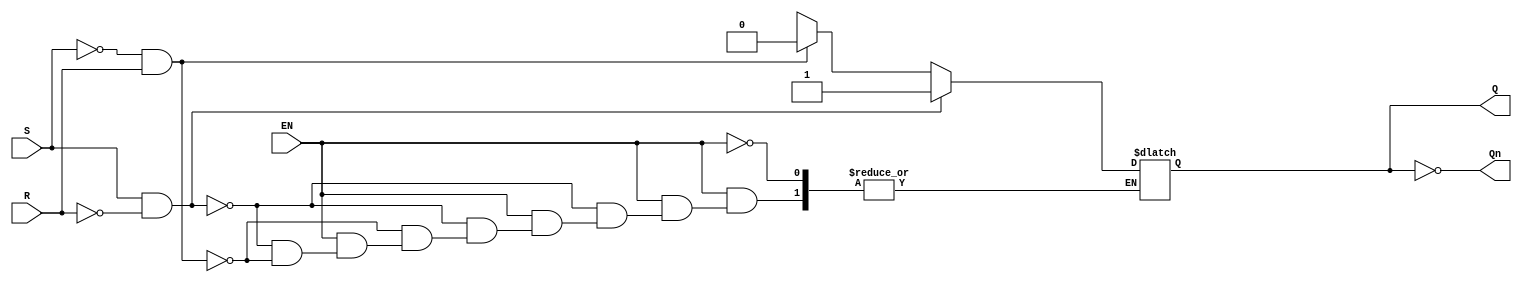
module gated_sr_latch (
    input wire S,      // Set input
    input wire R,      // Reset input
    input wire EN,     // Enable input
    output reg Q,      // Primary output
    output wire Qn     // Complementary output (Not Q)
);

    // Complementary output
    assign Qn = ~Q;

    // Always block for the latch behavior
    always @(*) begin
        if (EN) begin
            if (S && ~R) begin
                Q = 1'b1;  // Set
            end else if (~S && R) begin
                Q = 1'b0;  // Reset
            end else if (S && R) begin
                // Invalid state for SR latch, can be handled here if needed
                // For simplicity, we'll keep Q unchanged
                Q = Q; // Hold previous state
            end else begin
                // Both S and R are low, hold previous state
                Q = Q; // Hold previous state
            end
        end
        // If EN is low, Q retains its previous state
    end

endmodule